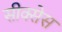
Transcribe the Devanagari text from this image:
सीक्सेस